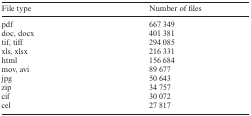
<table><thead><tr><td><b>File type</b></td><td><b>Number of files</b></td></tr></thead><tbody><tr><td>pdf</td><td>667 349</td></tr><tr><td>doc, docx</td><td>401 381</td></tr><tr><td>tif, tiff</td><td>294 085</td></tr><tr><td>xls, xlsx</td><td>216 331</td></tr><tr><td>html</td><td>156 684</td></tr><tr><td>mov, avi</td><td>89 677</td></tr><tr><td>jpg</td><td>50 643</td></tr><tr><td>zip</td><td>34 757</td></tr><tr><td>cif</td><td>30 072</td></tr><tr><td>cel</td><td>27 817</td></tr></tbody></table>